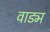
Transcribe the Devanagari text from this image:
वाड्म